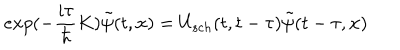
e x p ( - \frac { i \tau } { \hbar } K ) \tilde { \psi } ( t , { \bf x } ) = U _ { s c h } ( t , t - \tau ) \tilde { \psi } ( t - \tau , { \bf x } )